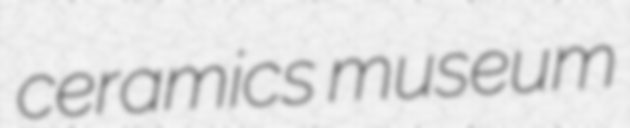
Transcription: ceramics museum